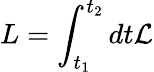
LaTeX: L=\int_{t_{1}}^{t_{2}}dt\mathcal{L}